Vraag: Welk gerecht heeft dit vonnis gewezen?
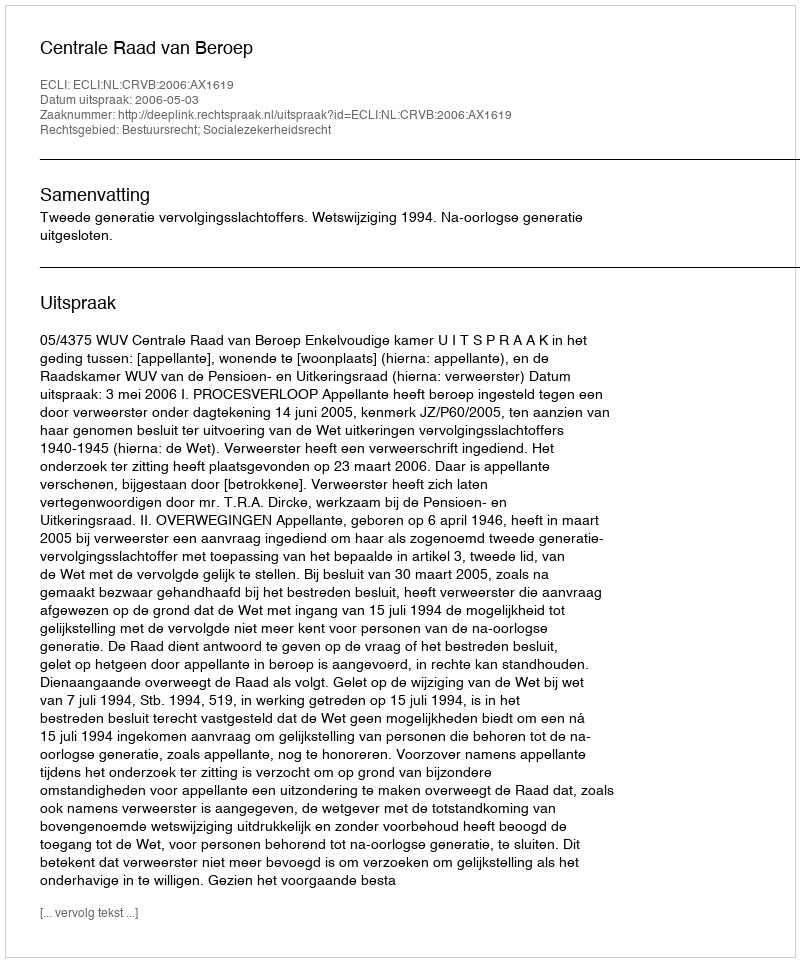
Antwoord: Centrale Raad van Beroep